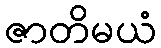
ဇာတိမယံ